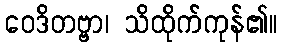
ဝေဒိတဗ္ဗာ၊ သိထိုက်ကုန်၏။